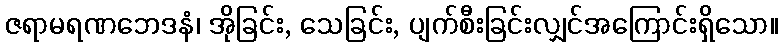
ဇရာမရဏဘေဒနံ၊ အိုခြင်း, သေခြင်း, ပျက်စီးခြင်းလျှင်အကြောင်းရှိသော။